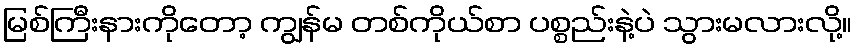
မြစ်ကြီးနားကိုတော့ ကျွန်မ တစ်ကိုယ်စာ ပစ္စည်းနဲ့ပဲ သွားမလားလို့။